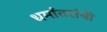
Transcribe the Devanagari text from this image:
धर्मांतरांची